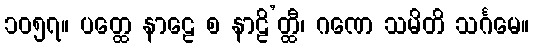
၁၀၅၇။ ပတ္ထေ နာဠေ စ နာဠိ’တ္ထီ၊ ဂဏေ သမိတိ သင်္ဂမေ။